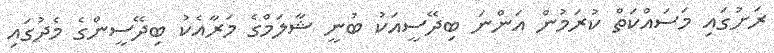
ރަށުގައި މަސައްކަތް ކުރަމުން އަންނަ ބިދޭސީއަކު ބުނީ ޝާލަމްގެ މަރާއެކު ބިދޭސީންގެ މެދުގައި